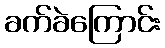
ခက်ခဲကြောင်း